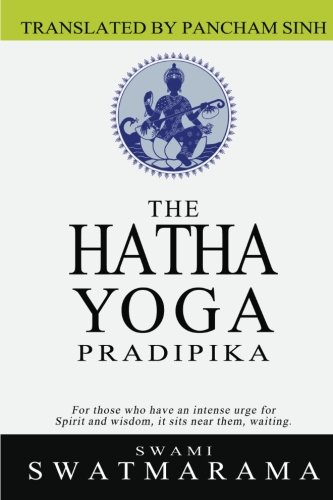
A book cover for The Hatha Yoga Pradipika; Swami Swatmarama; Religion & Spirituality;